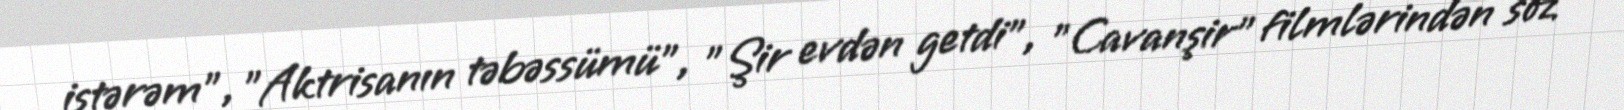
istərəm", "Aktrisanın təbəssümü", "Şir evdən getdi", "Cavanşir" filmlərindən söz